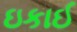
ઇકાઈ